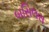
બસિલસ